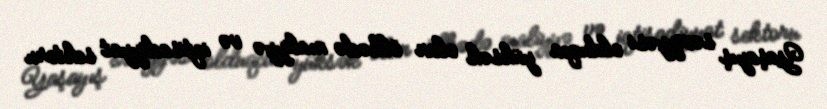
Yaşayış səviyyəsi olduqca yüksək olan ölkədə maliyyə və iqtisadiyyat sektoru